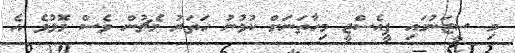
މި ސީޒަނުގައި ޕީއެސްޖީ މިހާތަނަށް ކުޅުނު ހަތަރު މެޗުން ވެސް މޮޅުވެ އެ